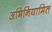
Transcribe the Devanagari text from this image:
अभिनियामित